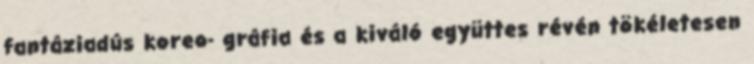
fantáziadús koreo- gráfia és a kiváló együttes révén tökéletesen